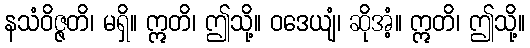
နသံဝိဇ္ဇတိ၊ မရှိ။ ဣတိ၊ ဤသို့။ ဝဒေယျံ၊ ဆိုအံ့။ ဣတိ၊ ဤသို့။